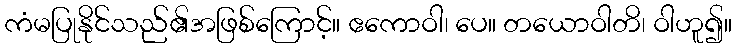
ကံမပြုနိုင်သည်၏အဖြစ်ကြောင့်။ ဧကောဝါ၊ ပေ။ တယောဝါတိ၊ ဝါဟူ၍။